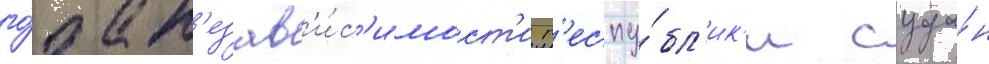
го́да н'езав'и́с'имост'и р'еспу́бл'ик'и суда́н